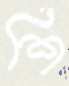
শি